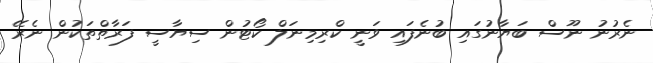
ނެރުނު ނޫސް ބަޔާނުގައި ބުނެފައި ވަނީ ކްރިމިނަލް ކޯޓުން ސިޔާސީ ފަރާތްތަކުން ނެރޭ